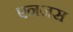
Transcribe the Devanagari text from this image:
एनजस